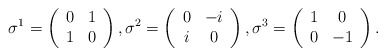
\begin{align*}\sigma^1 = \left(\begin{array}{cc} 0 & 1 \\ 1 & 0 \end{array}\right),\sigma^2 = \left(\begin{array}{cc} 0 & -i \\ i & 0 \end{array}\right),\sigma^3 = \left(\begin{array}{cc} 1 & 0 \\ 0 & -1 \end{array}\right).\end{align*}